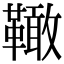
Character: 𩍉